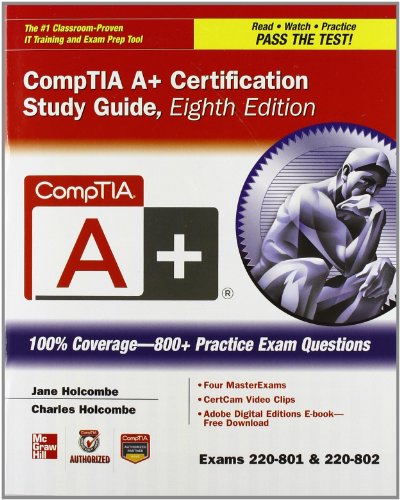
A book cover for CompTIA A+ Certification Boxed Set, Second Edition (Exams 220-801 & 220-802) (Certification Press); Jane Holcombe; Computers & Technology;